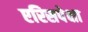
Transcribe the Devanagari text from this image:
एरिसपेक्षा